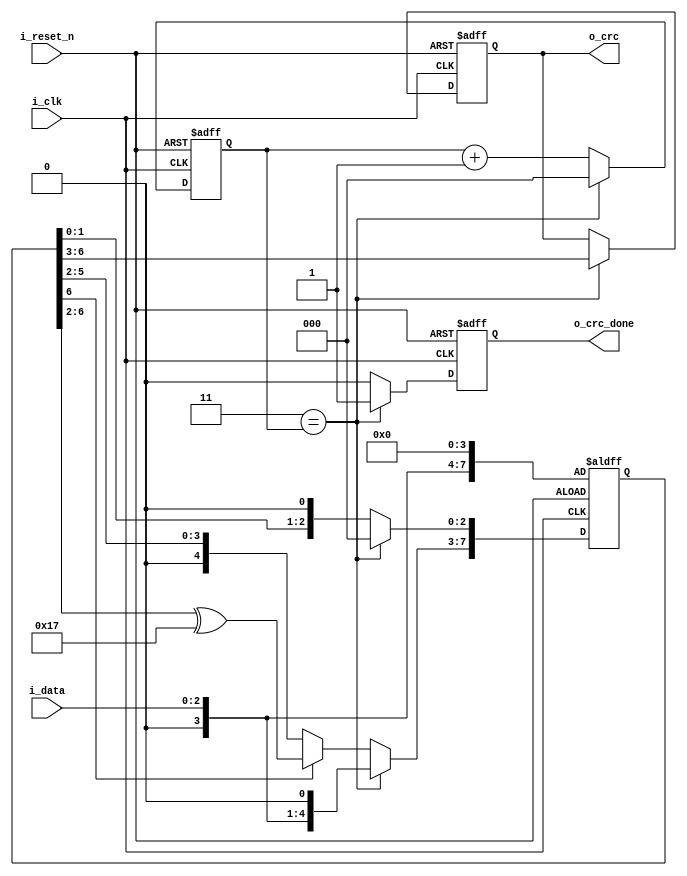
//*******************************FILE HEAD**************************************
//*********************Verilog HDL *********************
// FUNCTION        : CRC
// AUTHOR          : 
// DATE & REVISION : 
// COMPANY         : Verilog HDL 
// UPDATE          :
//******************************************************************************
`timescale 1ns/1ns

module crc_code_one
    (
        input i_reset_n, //
        input i_clk, //
        input [2 : 0] i_data,
        output [3 : 0] o_crc,
        output o_crc_done    
    );
    
    parameter GPE = 5'b10111;
    //o_data
    reg [3 : 0] r_crc;
    reg [2 : 0] r_cnt;
    reg [7 : 0] r_crc_shift;
    reg r_crd_done;
    
    assign o_crc = r_crc;
    assign o_crc_done = r_crd_done;
    
    always @(posedge i_clk, negedge i_reset_n) 
    begin
        if(1'b0 == i_reset_n)
        begin
            r_crc_shift <= {1'b0, i_data, 4'b0};
            r_cnt <= 3'b0;
            r_crc <= 4'b0;
            r_crd_done <= 1'b0;
        end
        else
        begin
            if(3'd3 == r_cnt)
            begin
                r_crc_shift <= {1'b0, i_data, 4'b0};
                r_cnt <= 3'b0;
                r_crc <= r_crc_shift[6: 3];
                r_crd_done <= 1'b1;
            end
            else
            begin
                r_cnt <= r_cnt + 3'b1;
                r_crd_done <= 1'b0;
               
                
                if(1'b1 == r_crc_shift[6])
                begin
                    r_crc_shift[7 : 3] <= r_crc_shift[6 : 2] ^ GPE;
                    r_crc_shift[2 : 0] <= {r_crc_shift[1 : 0], 1'b0};
                end
                else
                begin
                    r_crc_shift <= {r_crc_shift[6 : 0], 1'b0};
                end
            end                 
        end
	end
	    
endmodule
// END OF crc_code_one.v FILE ***************************************************